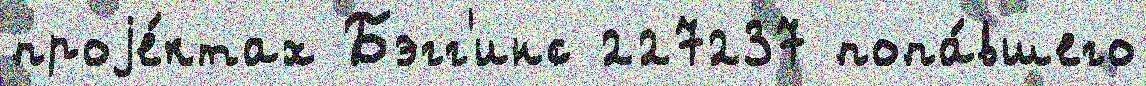
проjе́ктах Бэгг'инс 227237 попа́вшего